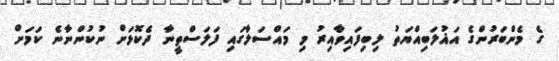
ގެ މެންބަރުންގެ އަޣުލަބިއްޔަތު ލިބިފައިވާއިރު މި މައްސަލާގައި ފަލަސްތީނާ ދެކޮޅަށް ނުކުންނާނެ ކަމަށް